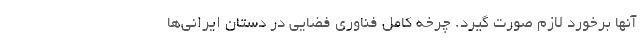
آنها برخورد لازم صورت گیرد. چرخه کامل فناوری فضایی در دستان ایرانی‌ها